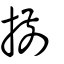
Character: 揃